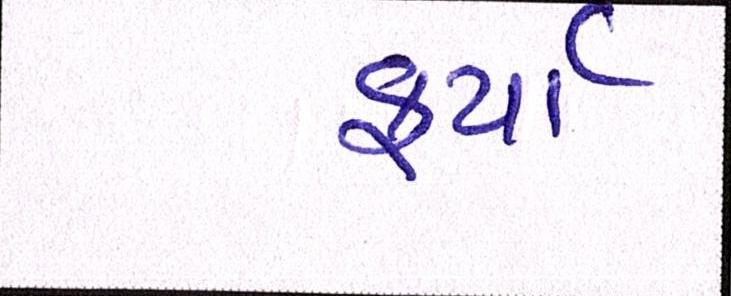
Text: ફર્યા